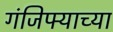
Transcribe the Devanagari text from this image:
गंजिफ्याच्या